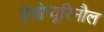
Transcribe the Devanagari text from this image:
ऐलोप्यूरिनौल